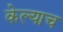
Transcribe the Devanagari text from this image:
केल्याच